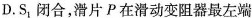
D.S_{1}闭合，滑片P在滑动变阻器最左端